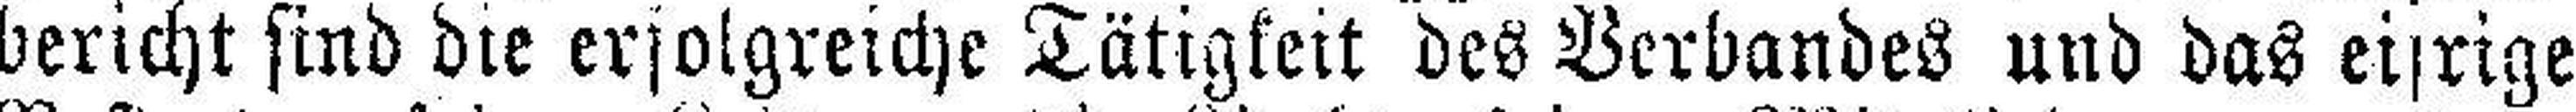
bericht sind die erfolgreiche Tätigkeit des Verbandes und das ei###rige